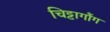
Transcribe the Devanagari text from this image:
चिट्टागौंग